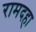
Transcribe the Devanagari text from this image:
रामदहा